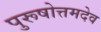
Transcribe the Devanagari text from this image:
पुरूषोत्तमदेव